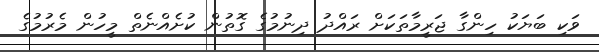
ވަކި ބަޔަކު ހިންގާ ޖަރީމާތަކަށް ރައްދު ދިނުމުގެ ގޮތުން ކުށެއްނެތް މީހުން މެރުމުގެ